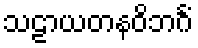
သဠာယတနဝိဘင်္ဂံ